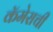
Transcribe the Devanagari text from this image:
कॅमेराची